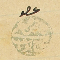
عضو حسين العلم الحاج يوسف